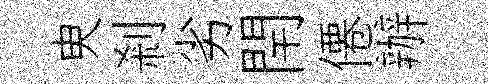
㬰剎劣閈僊辦